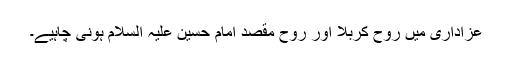
عزاداری میں روح کربلا اور روح مقصد امام حسین علیہ السلام ہونی چاہیے۔